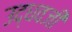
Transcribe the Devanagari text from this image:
उद्धवजी